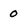
Character: 0